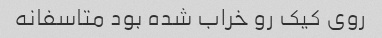
روی کیک رو خراب شده بود متاسفانه